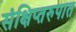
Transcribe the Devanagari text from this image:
संक्षिप्तरुपात